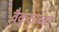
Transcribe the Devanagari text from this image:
वैकुंठाच्या